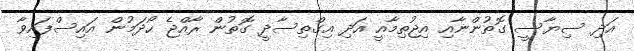
އަދި ސިޔާސީ ގޮތުންނާއި އިޖުތިމާއީ އަދި އިގްތިސާދީ ގޮތުން ރާއްޖެ ހޯދަމުން އައިސްފައިވާ